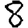
Digit: 8